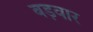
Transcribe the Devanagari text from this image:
बड़वार